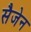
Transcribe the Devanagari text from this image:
सैजेन